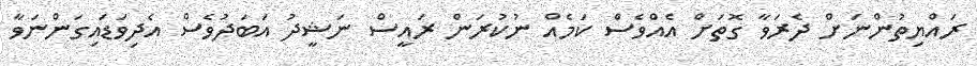
ރައްޔިތުންނަށް ދެރަވާ ގޮތަށް އެއްވެސް ކަމެއް ނުކުރަން ރައީސް ނަޝީދު އަބަދުވެސް އެދިވަޑައިގަންނަވާ